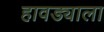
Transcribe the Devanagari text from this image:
हावड्याला